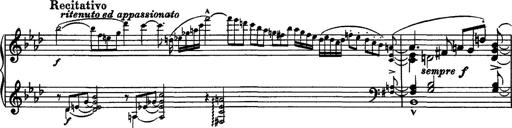
Title: Piano Sonata
Composer: Karl HÃ¤ssler
Key: C major